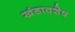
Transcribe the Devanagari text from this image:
खंडावशेष